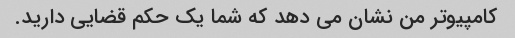
کامپیوتر من نشان می دهد که شما یک حکم قضایی دارید.